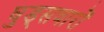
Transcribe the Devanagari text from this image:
घुड्सवारों